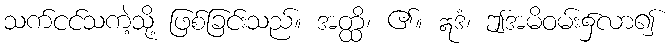
သက်ငင်သကဲ့သို့ ဖြစ်ခြင်းသည်။ အတ္ထိ၊ ၏။ ဣဒံ၊ ဤအမိဝမ်း၌လာ၍